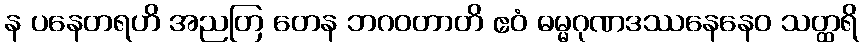
န ပနေတရဟိ အညတြ တေန ဘဂဝတာတိ ဧဝံ ဓမ္မဂုဏဒဿနေနေဝ သတ္ထရိ